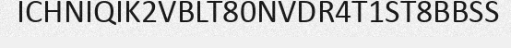
ICHNIQIK2VBLT80NVDR4T1ST8BBSS